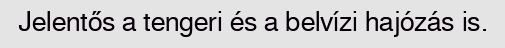
Jelentős a tengeri és a belvízi hajózás is.